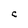
Character: C